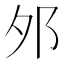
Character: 邜